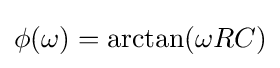
\phi (\omega )=\arctan(\omega RC)